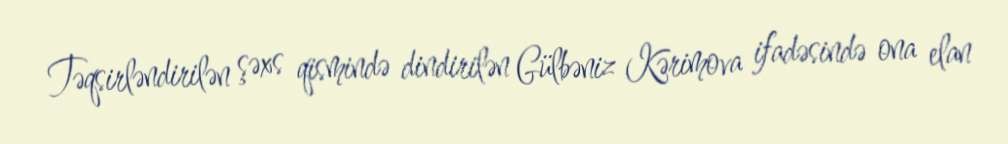
Təqsirləndirilən şəxs qismində dindirilən Gülbəniz Kərimova ifadəsində ona elan